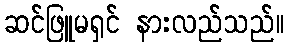
ဆင်ဖြူမရှင် နားလည်သည်။